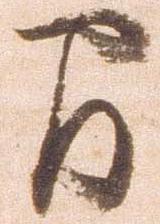
間